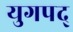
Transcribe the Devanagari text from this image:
युगपद्